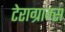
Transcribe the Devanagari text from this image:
टेराग्राम्स